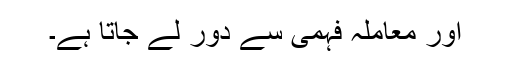
اور معاملہ فہمی سے دور لے جاتا ہے۔